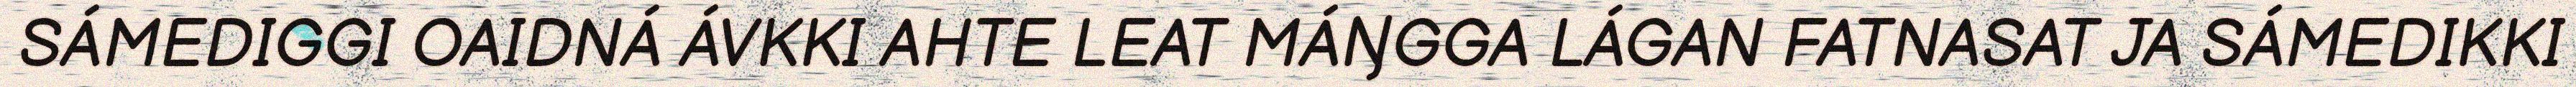
SÁMEDIGGI OAIDNÁ ÁVKKI AHTE LEAT MÁŊGGA LÁGAN FATNASAT JA SÁMEDIKKI